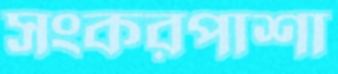
সংকরপাশা